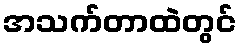
အသက်တာထဲတွင်